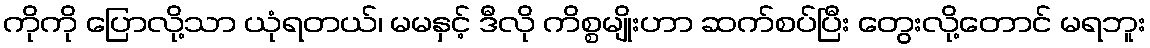
ကိုကို ပြောလို့သာ ယုံရတယ်၊ မမနှင့် ဒီလို ကိစ္စမျိုးဟာ ဆက်စပ်ပြီး တွေးလို့တောင် မရဘူး